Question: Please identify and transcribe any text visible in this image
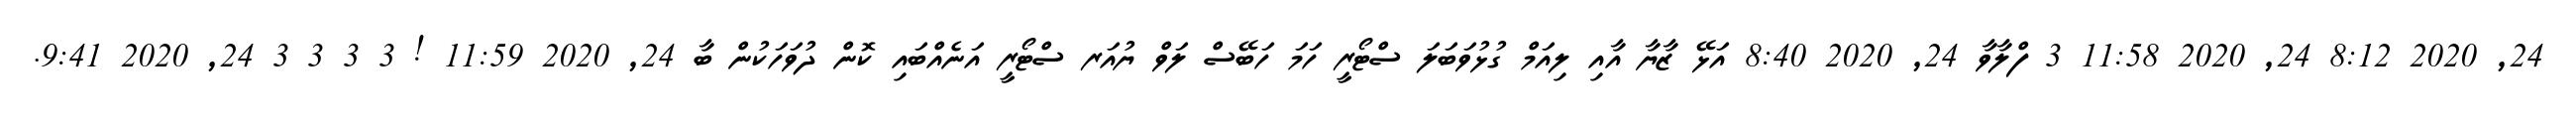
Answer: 24, 2020 8:12 24, 2020 11:58 3 ފްލާވާ 24, 2020 8:40 އަޅޭ ޒާޔާ އާއި ލިއަމް ގުޅުވަބަލަ ސްޓޯރީ ހަމަ ހަބޭސް ލަވް ޔުއަރ ސްޓޯރީ އަނެއްބައި ކޮން ދުވަހަކުން ބާ 24, 2020 11:59 ! 3 3 3 3 24, 2020 9:41.